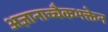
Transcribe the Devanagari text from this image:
अज्ञानाच्चैकभक्तेन